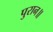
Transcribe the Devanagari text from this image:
पुरान॥